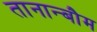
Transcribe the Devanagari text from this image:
तानान्बौम